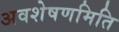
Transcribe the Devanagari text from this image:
अवशेषणमिति